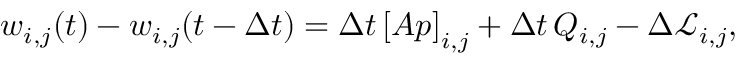
w _ { i , j } ( t ) - w _ { i , j } ( t - \Delta t ) = \Delta t \left[ A p \right] _ { i , j } + \Delta t \, Q _ { i , j } - \Delta \mathcal { L } _ { i , j } ,